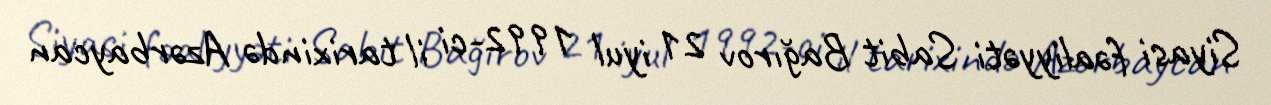
Siyasi fəaliyyəti Sabit Bağırov 21 iyul 1992-ci il tarixində Azərbaycan